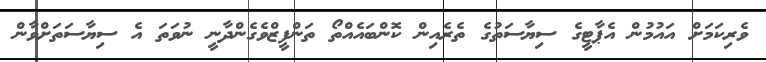
ވެރިކަމަށް އައުމުން އެޕާޓީގެ ސިޔާސަތުގެ ތެރެއިން ކޮންބައެއްތޯ ތަންފީޒްވެގެންދާނީ ނުވަތަ އެ ސިޔާސަތަށްވާން